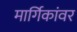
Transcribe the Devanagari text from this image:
मार्गिकांवर